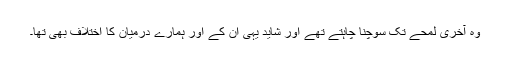
وہ آخری لمحے تک سوچنا چاہتے تھے اور شاید یہی ان کے اور ہمارے درمیان کا اختلاف بھی تھا۔